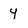
Character: y